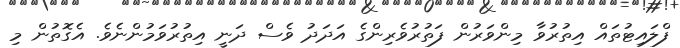
ފްލައިޓުތައް އިތުރުވާ މިންވަރުން ފަތުރުވެރިންގެ އަދަދު ވެސް ދަނީ އިތުރުވަމުންނެވެ. އެގޮތުން މި